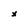
Character: x